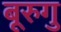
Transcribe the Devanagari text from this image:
बूरुगु